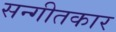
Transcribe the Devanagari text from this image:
सन्गीतकार